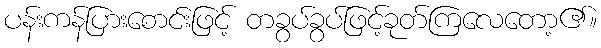
ပန်းကန်ပြားစောင်းဖြင့် တခွပ်ခွပ်ဖြင့်ခုတ်ကြလေတော့၏။